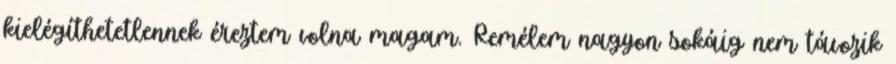
kielégíthetetlennek éreztem volna magam. Remélem nagyon sokáig nem távozik